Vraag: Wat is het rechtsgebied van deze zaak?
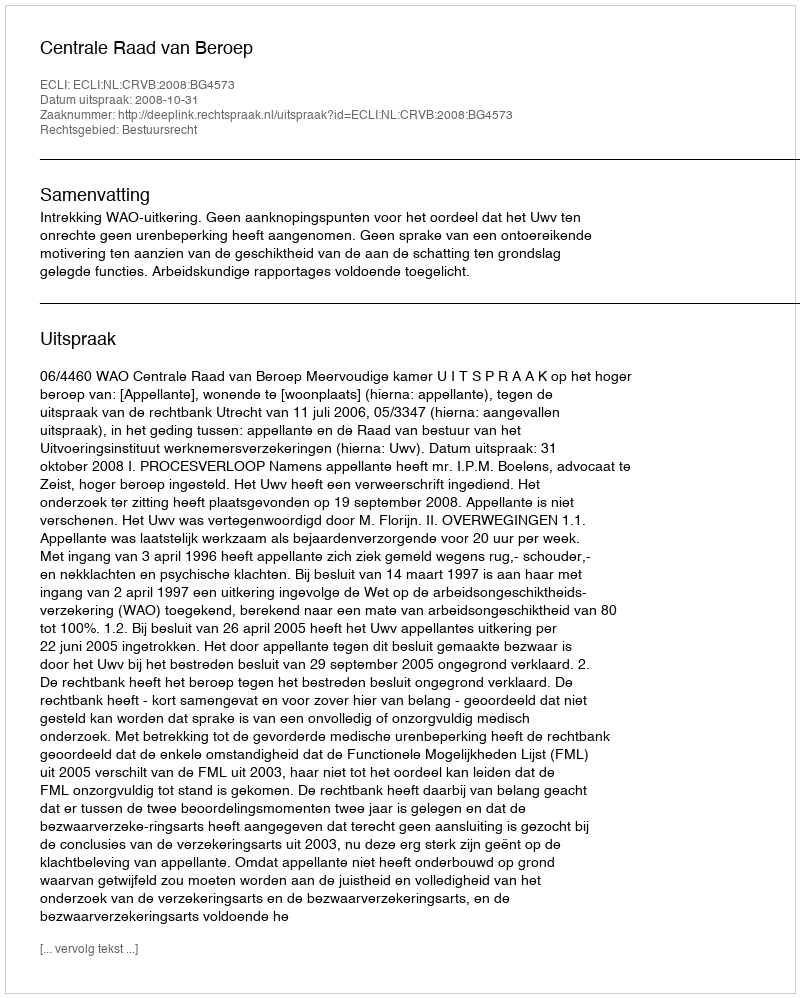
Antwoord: Bestuursrecht